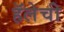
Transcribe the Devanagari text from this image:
हॅलेची